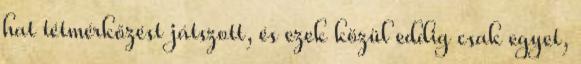
hat tétmérkőzést játszott, és ezek közül eddig csak egyet,